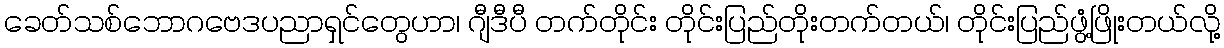
ခေတ်သစ်ဘောဂဗေဒပညာရှင်တွေဟာ၊ ဂျီဒီပီ တက်တိုင်း တိုင်းပြည်တိုးတက်တယ်၊ တိုင်းပြည်ဖွံ့ဖြိုးတယ်လို့